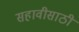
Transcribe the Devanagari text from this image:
सहावीसाठी